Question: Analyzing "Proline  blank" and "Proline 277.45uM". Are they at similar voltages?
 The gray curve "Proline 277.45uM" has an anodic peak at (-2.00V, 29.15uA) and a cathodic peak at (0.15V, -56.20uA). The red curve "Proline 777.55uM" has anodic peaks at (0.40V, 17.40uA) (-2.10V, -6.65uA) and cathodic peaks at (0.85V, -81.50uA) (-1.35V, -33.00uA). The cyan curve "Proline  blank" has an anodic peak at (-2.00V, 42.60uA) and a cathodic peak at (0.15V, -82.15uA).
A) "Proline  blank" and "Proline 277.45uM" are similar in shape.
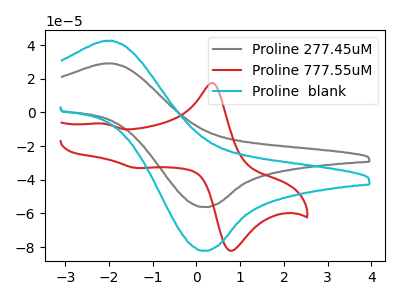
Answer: <think>All the peaks in "Proline  blank" have a peak in "Proline 277.45uM" at the same potential. Every peak in "Proline  blank" is higher than every peak in "Proline 277.45uM".
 </think>
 <answer>A) "Proline  blank" and "Proline 277.45uM" are similar in shape.</answer>
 <eval>A</eval>